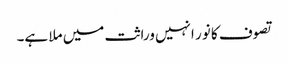
تصوف کا نور انہیں وراثت میں ملا ہے۔